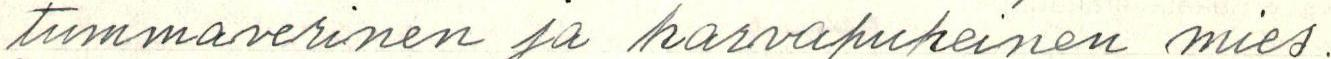
tummaverinen ja harvapuheinen mies.